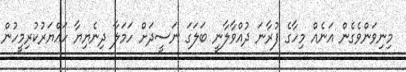
މިނިވަންވެގެން އަނެއް މިހާގެ ފުރާނަ ދުއްވާލާނީ ބަލަގަ ނަސީދަށް ހަމަލާ ދިނެޔިޔާ ހައްޔަރުކުރިމީހުން